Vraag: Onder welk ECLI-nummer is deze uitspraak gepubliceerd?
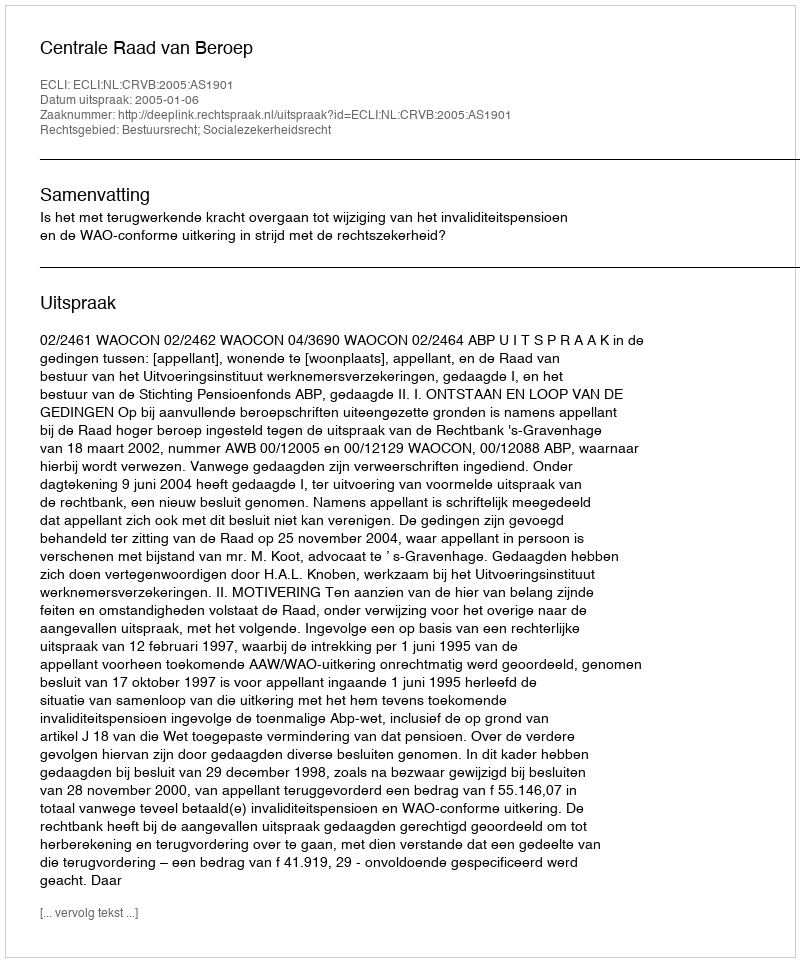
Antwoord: ECLI:NL:CRVB:2005:AS1901